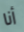
أنا